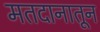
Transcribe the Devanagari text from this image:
मतदानातून